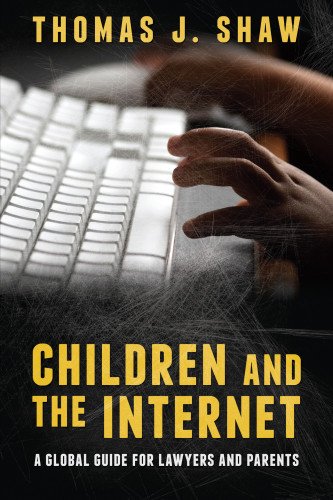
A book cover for Children and the Internet: A Global Guide for Lawyers and Parents; Thomas J. Shaw; Law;